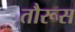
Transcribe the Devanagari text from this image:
तौरूस